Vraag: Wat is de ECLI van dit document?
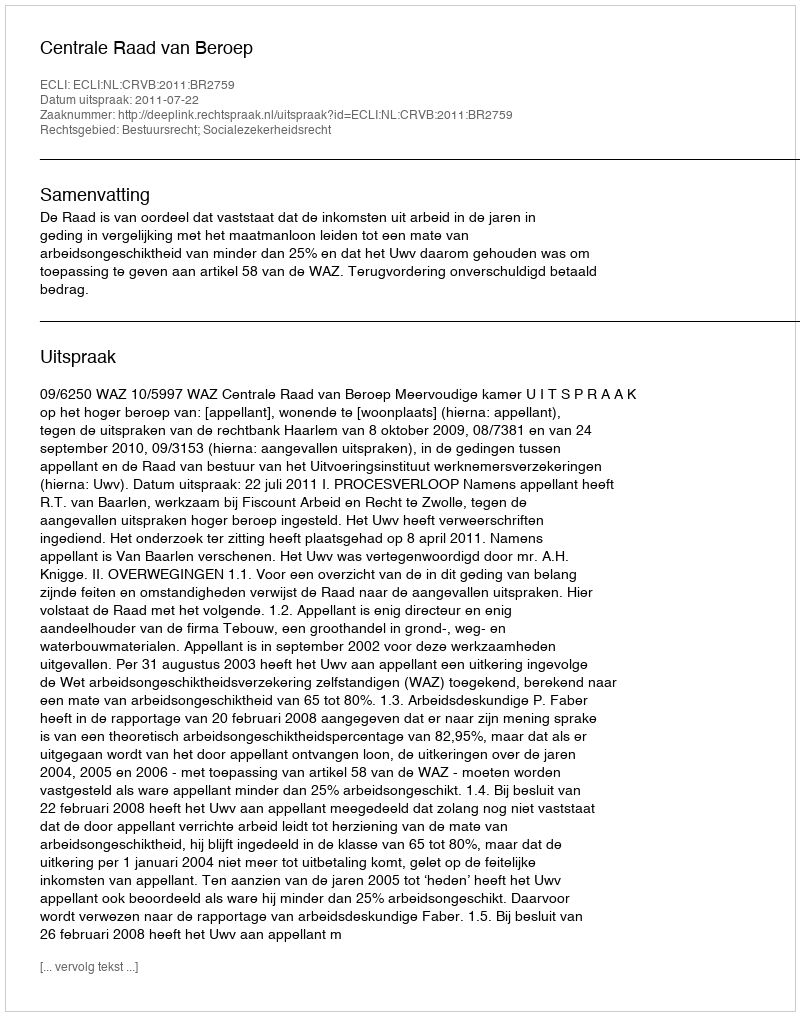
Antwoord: ECLI:NL:CRVB:2011:BR2759